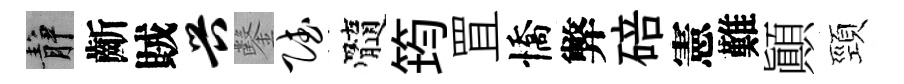
静齗賊兴鑿赋髓筠罝憍弊碚憲難顚頸